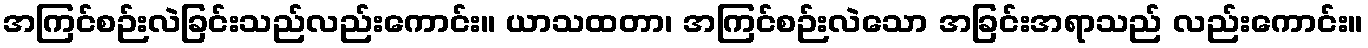
အကြင်စဉ်းလဲခြင်းသည်လည်းကောင်း။ ယာသထတာ၊ အကြင်စဉ်းလဲသော အခြင်းအရာသည် လည်းကောင်း။